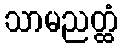
သာမညတ္ထံ